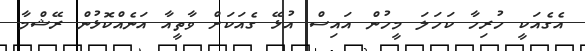
އެގެއަކީ ހުރިހާ ކަހަލަ މީހުން އައިސް އުޅޭ ގެއަކަށް ވާތީއާ އަނެއްކޮޅުން ރޭޝްމާ